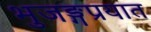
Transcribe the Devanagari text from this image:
भुजङ्गप्रयात